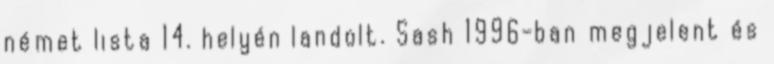
német lista 14. helyén landolt. Sash 1996-ban megjelent és